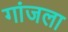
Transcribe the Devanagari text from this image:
गांजला